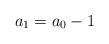
LaTeX: \begin{align*}a_1=a_0-1 \end{align*}